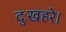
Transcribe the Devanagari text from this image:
दुःखहरे।